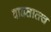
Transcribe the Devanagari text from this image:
वाढतातच